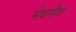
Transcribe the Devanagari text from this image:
मेघगीत